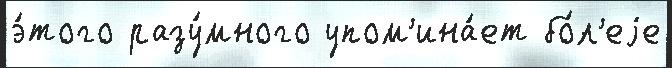
э́того разу́много упом'ина́ет бо́л'еjе